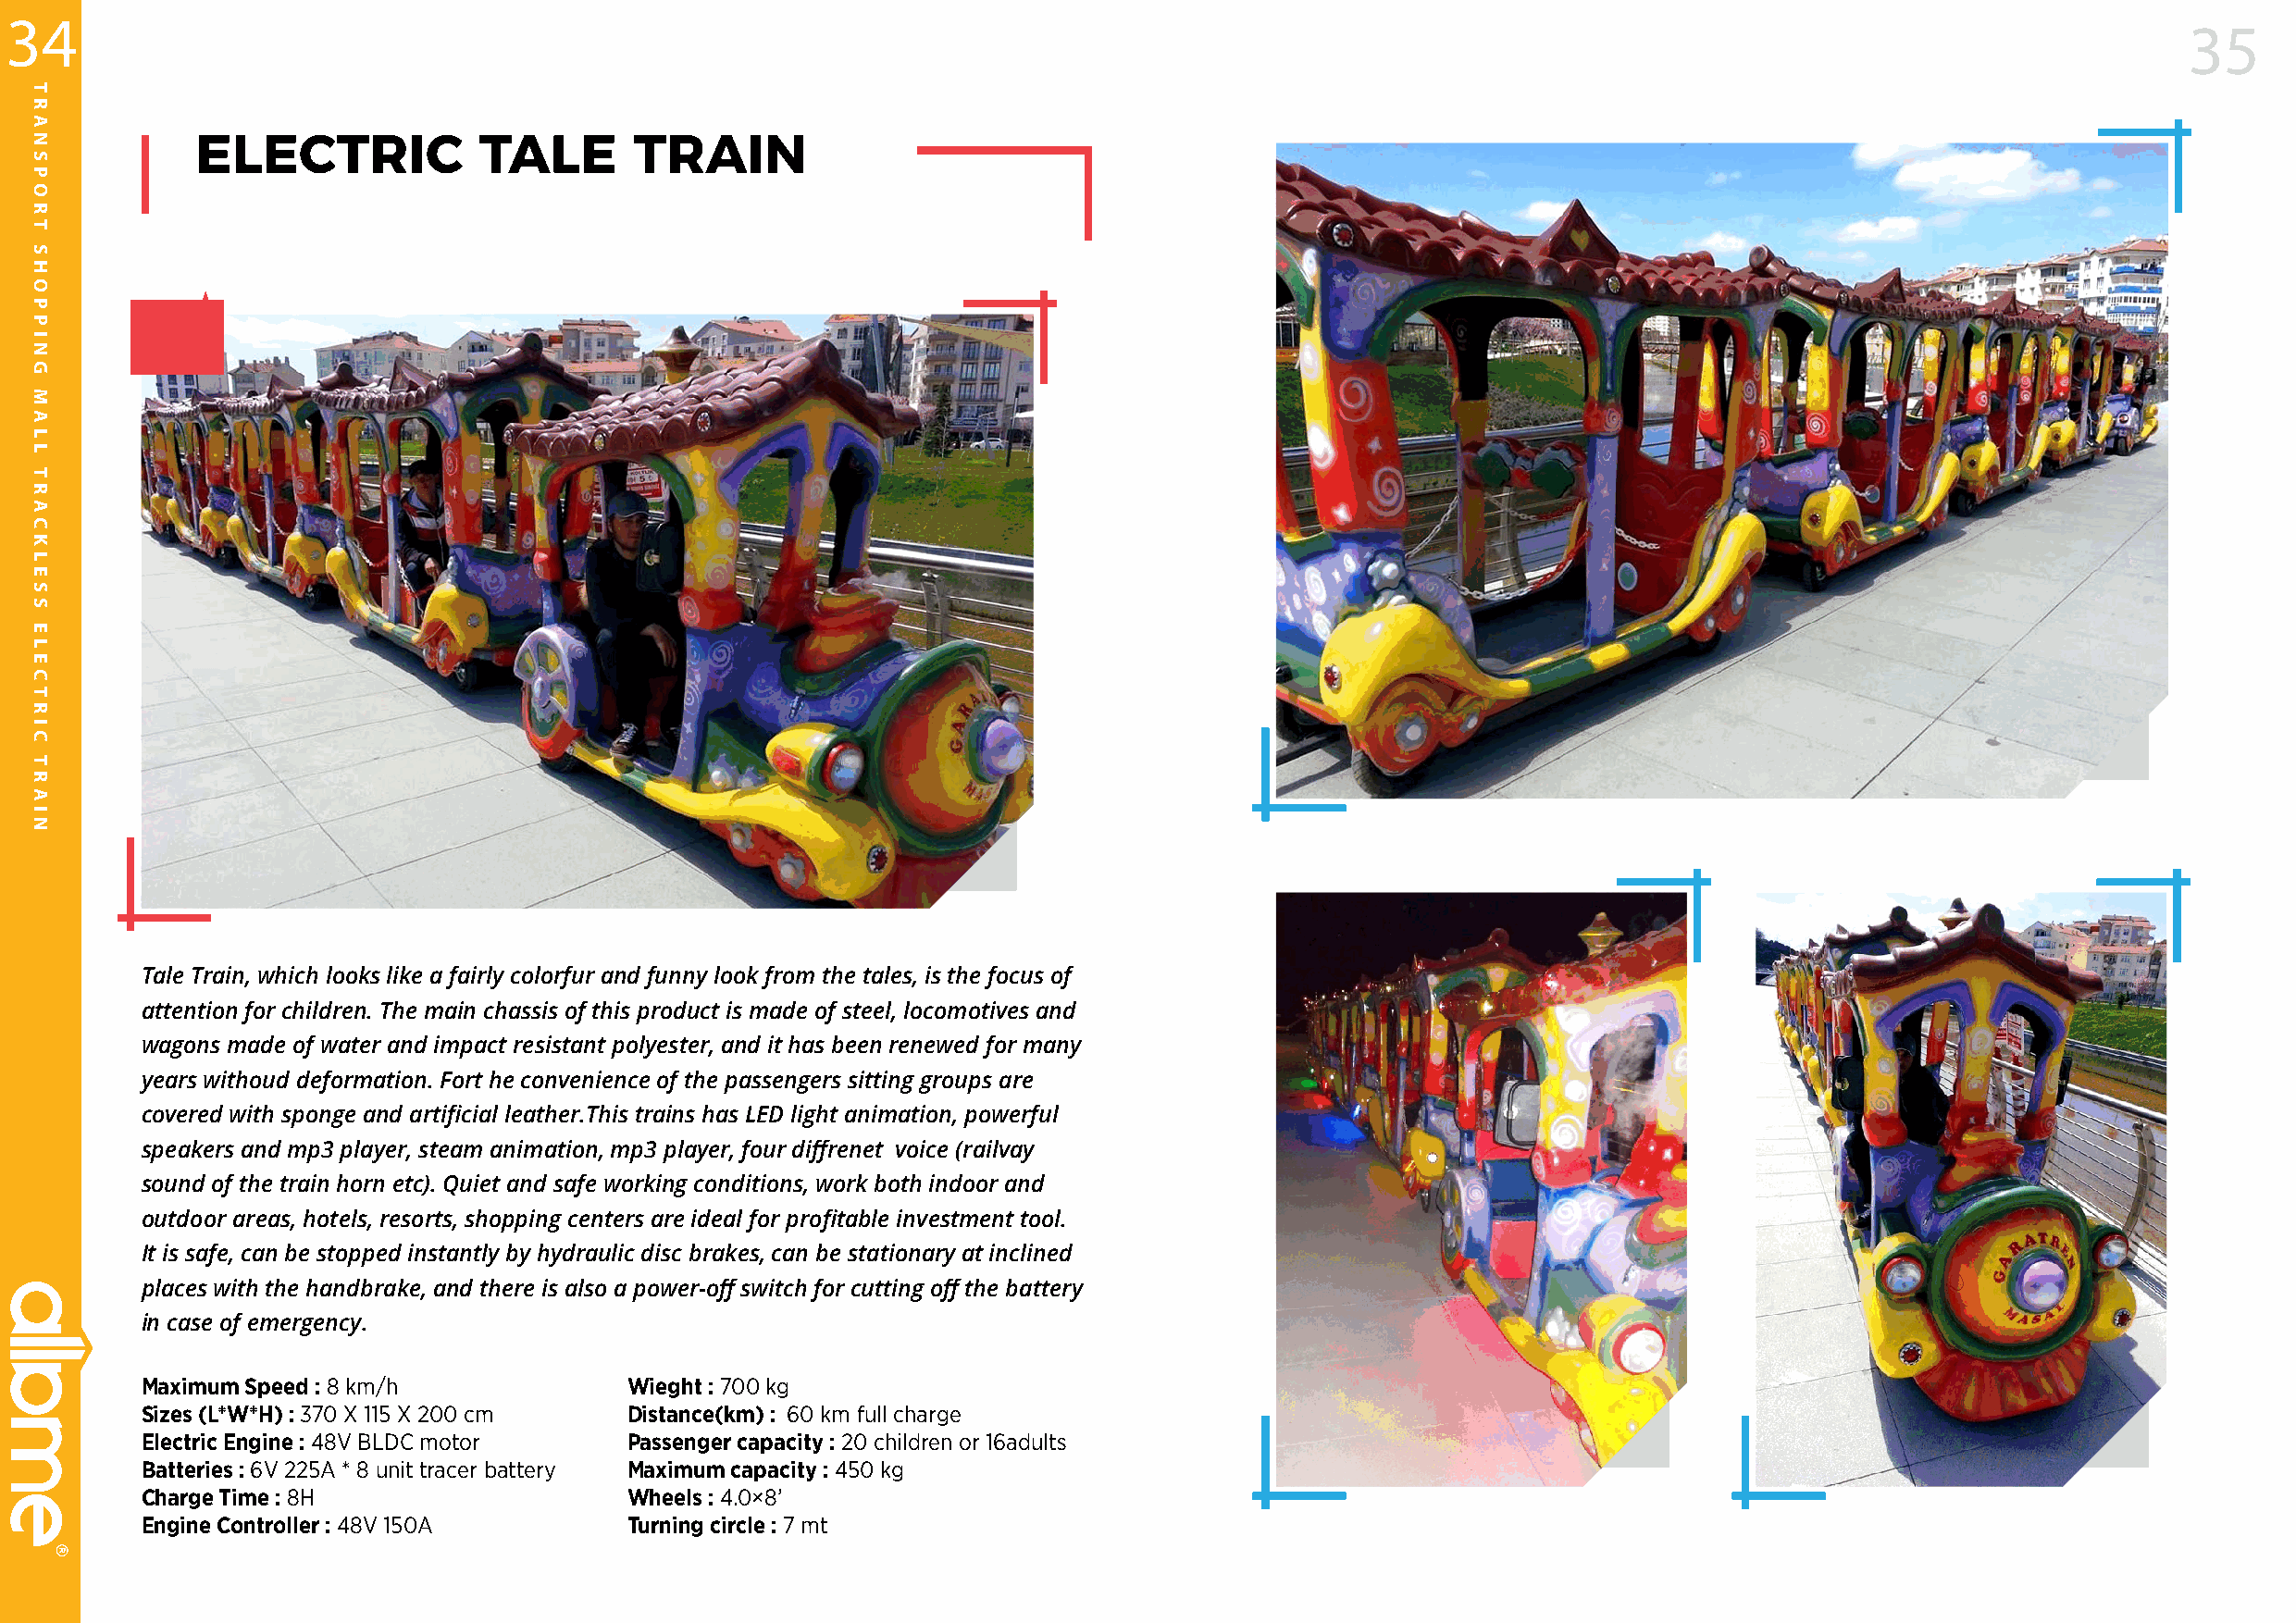
34
 35
 ELECTRIC            TALE       TRAIN
 Tale Train, which looks like a fairly colorfur and funny look from the tales, is the focus of
 attention for children. The main chassis of this product is made of steel, locomotives and
 wagons made of water and impact resistant polyester, and it has been renewed for many
 years withoud deformation. Fort he convenience of the passengers sitting groups are
 covered with sponge and artificial leather.This trains has LED light animation, powerful
 speakers and mp3 player, steam animation, mp3 player, four diffrenet voice (railvay
 sound of the train horn etc). Quiet and safe working conditions, work both indoor and
 outdoor areas, hotels, resorts, shopping centers are ideal for profitable investment tool.
 It is safe, can be stopped instantly by hydraulic disc brakes, can be stationary at inclined
 places with the handbrake, and there is also a power-off switch for cutting off the battery
 in case of emergency.
 Maximum Speed : 8 km/h             Wieght : 700 kg
 Sizes (L*W*H) : 370 X 115 X 200 cm Distance(km) : 60 km full charge
 Electric Engine : 48V BLDC motor   Passenger capacity : 20 children or 16adults
 Batteries : 6V 225A * 8 unit tracer battery Maximum capacity : 450 kg
 Charge Time : 8H                   Wheels : 4.0×8’
 Engine Controller : 48V 150A       Turning circle : 7 mt
 TRANSPORT
 SHOPPING
 MALL
 TRACKLESS
 ELECTRIC
 TRAIN